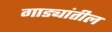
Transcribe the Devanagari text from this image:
गाड्यांतील